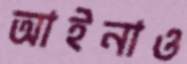
আইনাও